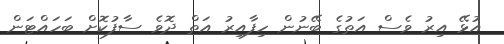
އުޅޭ އިރު ވެސް އަތުގެ ބޭނުން ހިފާއިރު އަތް ދޮވެ ސާފުކޮށް ބަހައްޓަން